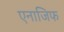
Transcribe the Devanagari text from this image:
एनाजिफ